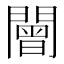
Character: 𨶍